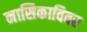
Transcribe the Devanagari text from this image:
नासिकाविवर